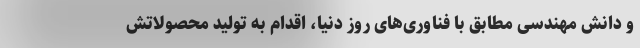
و دانش مهندسیِ مطابق با فناوری‌های روز دنیا، اقدام به تولید محصولاتش